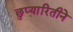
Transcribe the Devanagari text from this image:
छुप्यारितीने